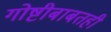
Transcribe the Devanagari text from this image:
गोष्टीबाबतही